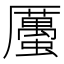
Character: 𧓽